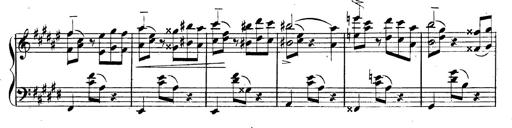
Title: 3 Caprices-Valses
Composer: Franz Liszt